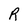
Character: R